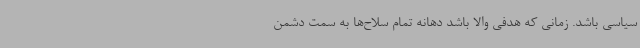
سیاسی باشد. زمانی که هدفی والا باشد دهانه تمام سلاح‌ها به سمت دشمن